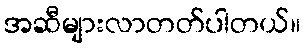
အဆီများလာတတ်ပါတယ်။